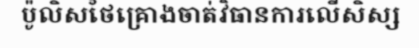
ប៉ូលិសថៃគ្រោងចាត់វិធានការលើសិស្ស